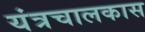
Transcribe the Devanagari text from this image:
यंत्रचालकास